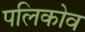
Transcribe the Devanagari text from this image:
पलिकोव